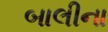
બાલીના